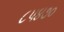
૮૫૪૭૦